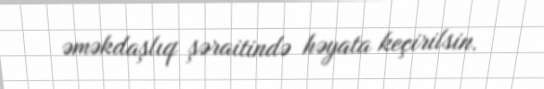
əməkdaşlıq şəraitində həyata keçirilsin.